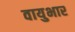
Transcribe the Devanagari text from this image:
वायुभार